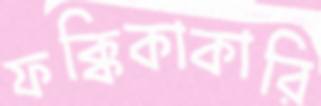
ফক্কিকাকারি